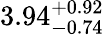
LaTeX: {3.94}_{-0.74}^{+0.92}